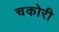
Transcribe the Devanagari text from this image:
चकोरी